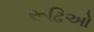
રૂઢિઓ